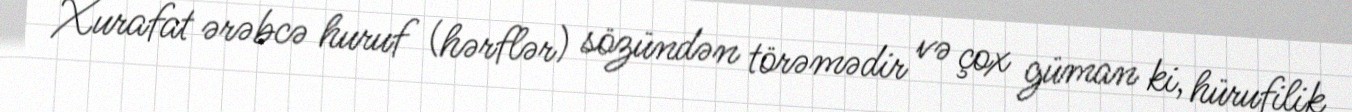
Xurafat ərəbcə huruf (hərflər) sözündən törəmədir və çox güman ki, hürufilik